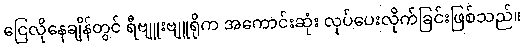
ငြေလိုနေချိန်တွင် ရီဗျူးဗျူရိုက အကောင်းဆုံး လုပ်ပေးလိုက်ခြင်းဖြစ်သည်။